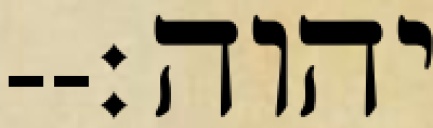
יהוה׃--